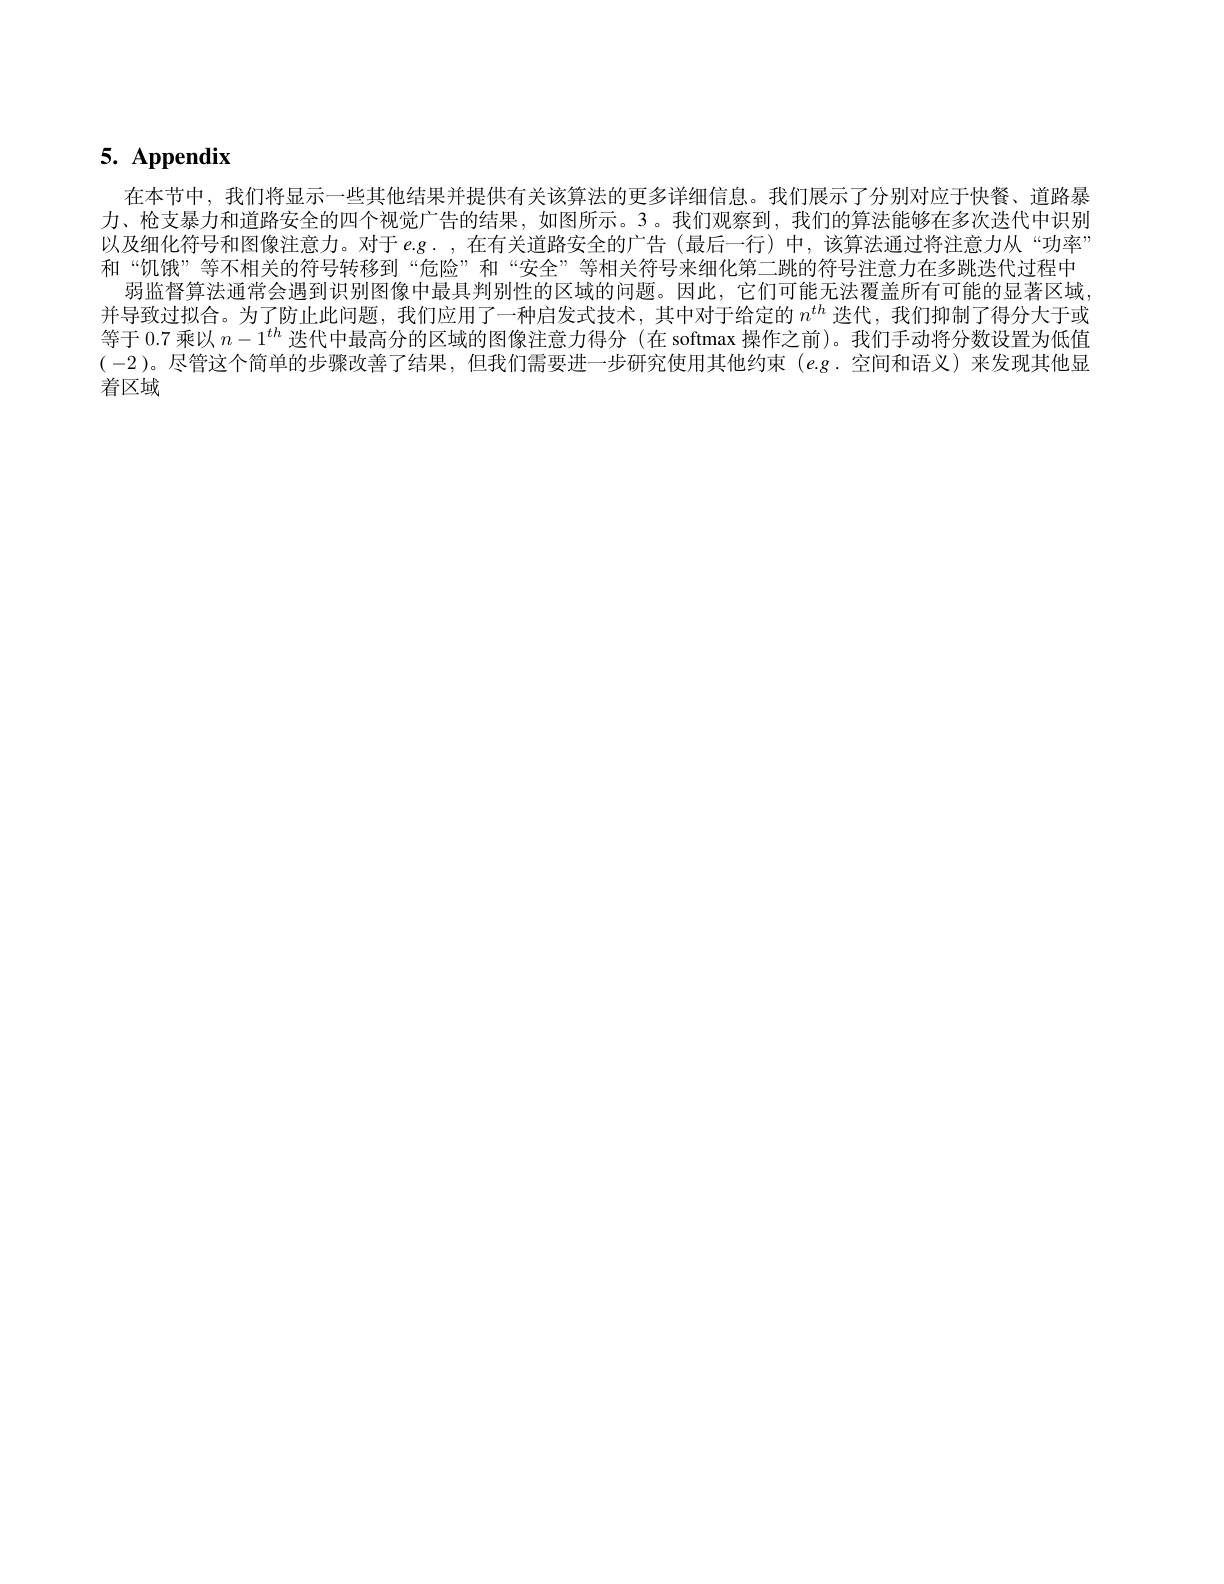
# 5. Appendix

在本节中，我们将显示一些其他结果并提供有关该算法的更多详细信息。我们展示了分别对应于快餐、道路暴力、枪支暴力和道路安全的四个视觉广告的结果，如图所示。3。我们观察到，我们的算法能够在多次迭代中识别以及细化符号和图像注意力。对于$e$.g.,在有关道路安全的广告(最后一行)中，该算法通过将注意力从“功率” 和“饥饿”等不相关的符号转移到“危险”和“安全”等相关符号来细化第二跳的符号注意力在多跳迭代过程中
弱监督算法通常会遇到识别图像中最具判别性的区域的问题。因此，它们可能无法覆盖所有可能的显著区域， 并导致过拟合。为了防止此问题，我们应用了一种启发式技术，其中对于给定的$n^{th}$迭代，我们抑制了得分大于或等于 0.7 乘以$n-1^{th}$迭代中最高分的区域的图像注意力得分 (在 softmax 操作之前)。我们手动将分数设置为低值(-2)。尽管这个简单的步骤改善了结果，但我们需要进一步研究使用其他约束$(e.g.$空间和语义)来发现其他显

着区域